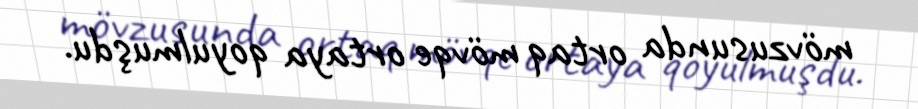
mövzusunda ortaq mövqe ortaya qoyulmuşdu.